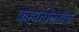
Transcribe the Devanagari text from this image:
कहानीलेखक